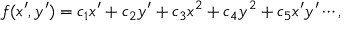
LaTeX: f ( x ^ { \prime } , y ^ { \prime } ) = c _ { 1 } x ^ { \prime } + c _ { 2 } y ^ { \prime } + c _ { 3 } x ^ { 2 } + c _ { 4 } y ^ { 2 } + c _ { 5 } x ^ { \prime } y ^ { \prime } \cdots ,